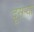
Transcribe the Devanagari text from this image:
दूसऱ्या